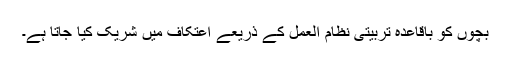
بچوں کو باقاعدہ تربیتی نظام العمل کے ذریعے اعتکاف میں شریک کیا جاتا ہے۔